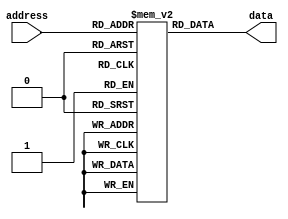
module memory_blocks_ROM (
    input [address_width-1:0] address,
    output reg [data_width-1:0] data
);

parameter num_blocks = 8;
parameter block_size = 8;
parameter data_width = 8;
parameter address_width = $clog2(num_blocks*block_size);

reg [data_width-1:0] memory [0:num_blocks*block_size-1];

initial begin
    // Initialize memory blocks with data
    memory[0] = 8'h00;
    memory[1] = 8'h11;
    memory[2] = 8'h22;
    memory[3] = 8'h33;
    memory[4] = 8'h44;
    memory[5] = 8'h55;
    memory[6] = 8'h66;
    memory[7] = 8'h77;
    memory[8] = 8'h88;
    memory[9] = 8'h99;
    memory[10] = 8'haa;
    memory[11] = 8'hbb;
    memory[12] = 8'hcc;
    memory[13] = 8'hdd;
    memory[14] = 8'hee;
    memory[15] = 8'hff;
end

always @(*) begin
    data = memory[address];
end

endmodule